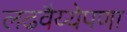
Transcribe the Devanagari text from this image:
लढवैय्येपणा